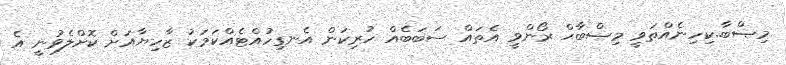
މިޞްބާ..ކިހިނެއްތަވީ މިޞްބާޙް ރޯންވީ އެތައް ސަބަބެއް ހުރިކަން އެނގިހުއްޓެއްކަމަކު ޒާހިޔާއަށް ކޮށްލެވުނީ އެ